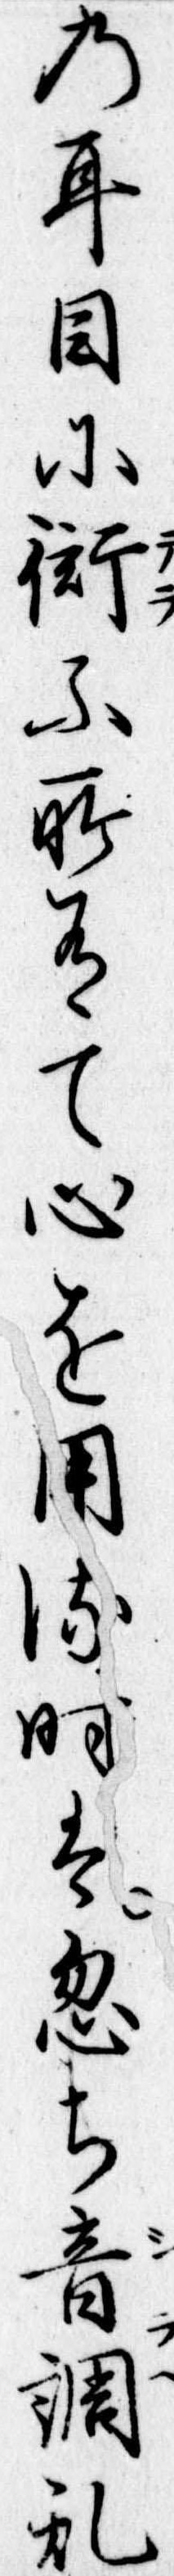
の耳目に衒ふ所有て心を用る時は忽ち音調乱